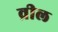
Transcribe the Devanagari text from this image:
व्रील